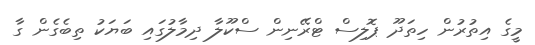
މީގެ އިތުރުން ހިތަދޫ ޕޮލިސް ޓްރޭނިން ސްކޫލާ ދިމާލުގައި ބަޔަކު ތިބެގެން ގާ